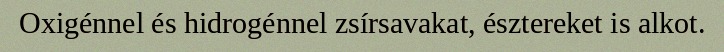
Oxigénnel és hidrogénnel zsírsavakat, észtereket is alkot.